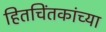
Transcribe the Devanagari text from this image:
हितचिंतकांच्या